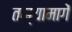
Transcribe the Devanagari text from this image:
ताब्यामागें